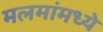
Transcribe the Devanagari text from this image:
मलमांमध्ये